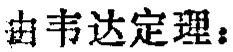
由韦达定理：